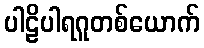
ပါဠိပါရဂူတစ်ယောက်